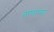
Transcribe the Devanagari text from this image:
ताणाच्या